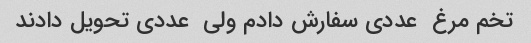
تخم مرغ  عددی سفارش دادم ولی  عددی تحویل دادند